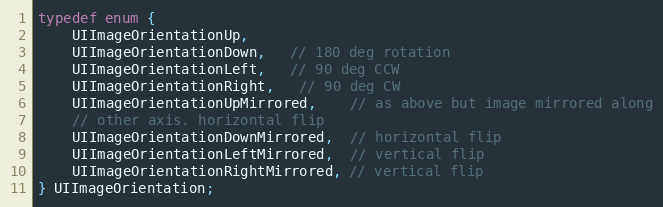
Language: C
typedef enum {
    UIImageOrientationUp,
    UIImageOrientationDown,   // 180 deg rotation
    UIImageOrientationLeft,   // 90 deg CCW
    UIImageOrientationRight,   // 90 deg CW
    UIImageOrientationUpMirrored,    // as above but image mirrored along
    // other axis. horizontal flip
    UIImageOrientationDownMirrored,  // horizontal flip
    UIImageOrientationLeftMirrored,  // vertical flip
    UIImageOrientationRightMirrored, // vertical flip
} UIImageOrientation;